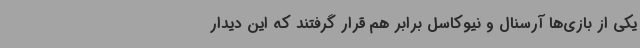
یکی از بازی‌ها آرسنال و نیوکاسل برابر هم قرار گرفتند که این دیدار